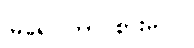
မြရေ၊ ဘာ စားမလဲ။